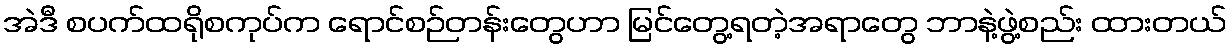
အဲဒီ စပက်ထရိုစကုပ်က ရောင်စဉ်တန်းတွေဟာ မြင်တွေ့ရတဲ့အရာတွေ ဘာနဲ့ဖွဲ့စည်း ထားတယ်